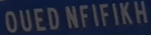
OUEDNFIFIKH